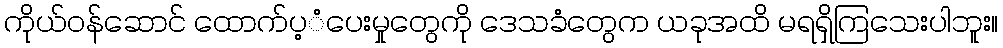
ကိုယ်ဝန်ဆောင် ထောက်ပ့ံပေးမှုတွေကို ဒေသခံတွေက ယခုအထိ မရရှိကြသေးပါဘူး။